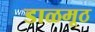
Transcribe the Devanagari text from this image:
डाळमूठ